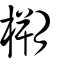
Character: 㮶